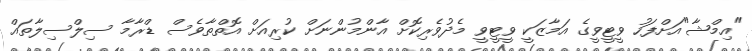
"އިމްޝާ"އަށްފަހު ވީޓީވީގެ އަމާޒަކީ ވީޓީވީ މެދުވެރިކޮށް އާންމުންނަށް ކުރިއަށް އޮތްތާވެސް ޑްރާމާ ސިލްސިލާތައް